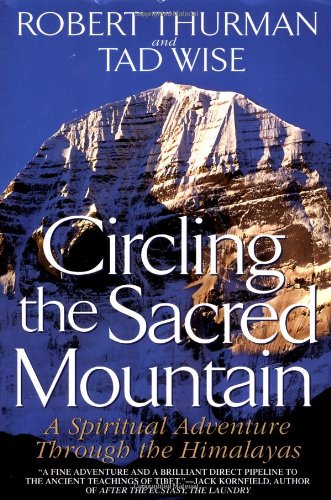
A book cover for Circling the Sacred Mountain: A Spiritual Adventure Through the Himalayas; Robert Thurman; Travel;